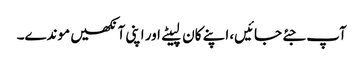
آپ جئے جائیں، اپنے کان لپیٹے اور اپنی آنکھیں موندے۔